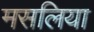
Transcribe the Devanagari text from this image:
मसलिया